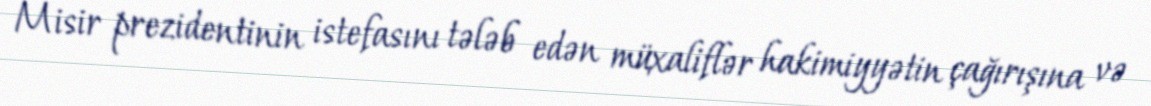
Misir prezidentinin istefasını tələb edən müxaliflər hakimiyyətin çağırışına və